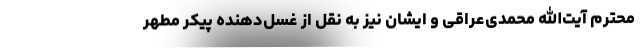
محترم آیت‌الله محمدی‌عراقی و ایشان نیز به نقل از غسل‌دهنده پیکر مطهر